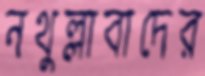
নথুল্লাবাদের